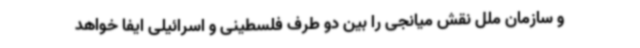
و سازمان ملل نقش میانجی را بین دو طرف فلسطینی و اسرائیلی ایفا خواهد